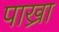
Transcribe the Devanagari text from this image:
पाख्रा